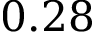
0 . 2 8